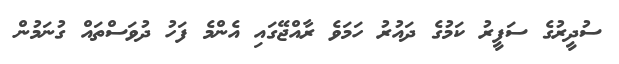
ސުދީރުގެ ސަފީރު ކަމުގެ ދައުރު ހަމަވެ ރާއްޖޭގައި އެންމެ ފަހު ދުވަސްތައް ގުނަމުން